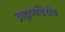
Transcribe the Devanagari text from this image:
ब्राह्मणविरोध